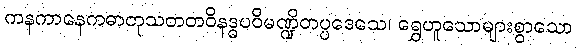
ကနကာနေကဓာတုသတတဝိနဒ္ဓပဝိမဏ္ဍိတပ္ပဒေသေ၊ ရွှေဟူသောများစွာသော